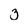
Character: 3